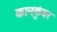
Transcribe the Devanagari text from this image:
कानकुंवर